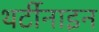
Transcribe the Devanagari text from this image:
थर्टीनाइन